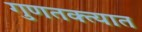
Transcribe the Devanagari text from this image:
गुणतक्त्यात